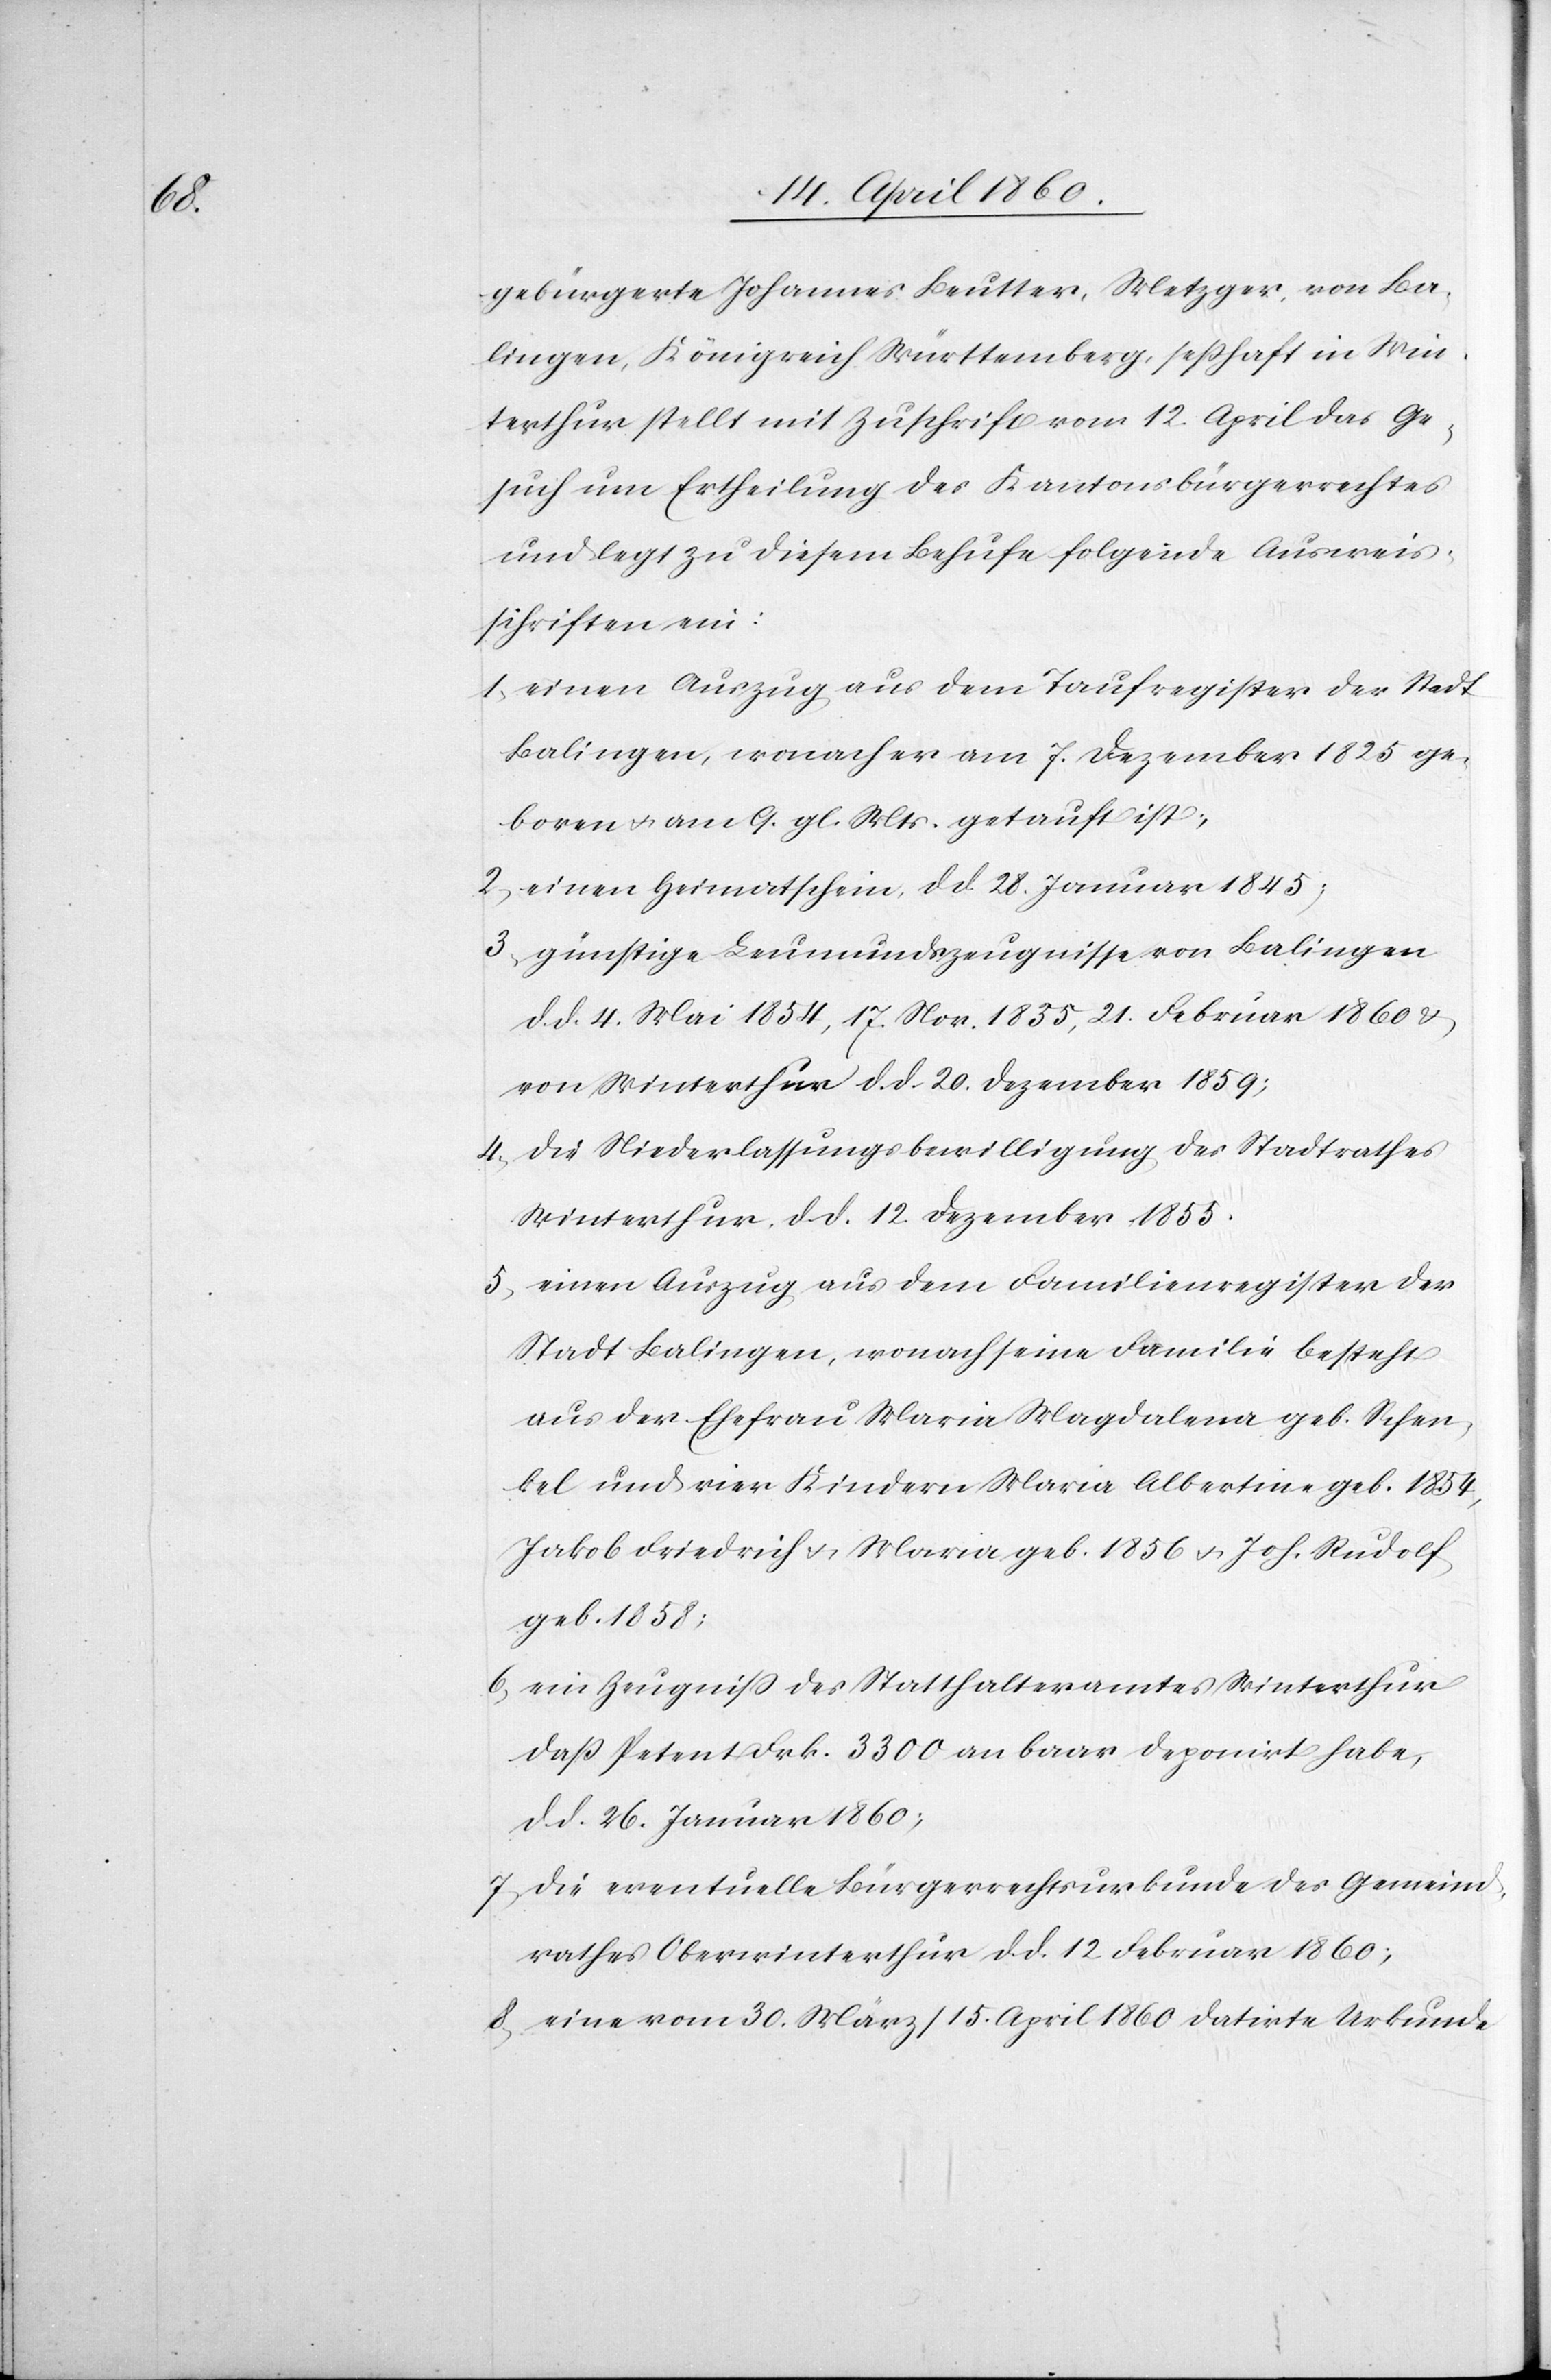
gebürgerte Johannes Beutter, Metzger, von Ba¬
lingen, Königreich Württemberg, sesshaft in Win¬
terthur stellt mit Zuschrift vom 12. April das Ge¬
such um Ertheilung des Kantonsbürgerrechtes
und legt zu diesem Behufe folgende Ausweis¬
schriften ein:
1. einen Auszug aus dem Taufregister der Stadt
Balingen, wonach er am 7. Dezember 1825 ge¬
boren u. am 9. gl. Mts. getauft ist;
2. einen Heimatschein, d. d. 28. Januar 1845;
3. günstige Leumundszeugnisse von Balingen
d. d. 4. Mai 1854, 17. Nov. 1835, 21. Februar 1860 u.
von Winterthur d. d. 20. Dezember 1859;
4. die Niederlassungsbewilligung des Stadtrathes
Winterthur d. d. 12. Dezember 1855.
5. einen Auszug aus dem Familienregister der
Stadt Balingen, wonach seine Familie besteht
aus der Ehefrau Maria Magdalena geb. Schen¬
kel und vier Kindern Maria Albertine geb. 1854,
Jakob Friedrich u. Maria geb. 1856 u. Joh. Rudolf
geb. 1858;
6. ein Zeugniss des Statthalteramtes Winterthur
dass Petent Frk. 3300 an baar deponirt habe,
d. d. 26. Januar 1860;
7. die eventuelle Bürgerrechtsurkunde des Gemeind¬
rathes Oberwinterthur d. d. 12. Februar 1860;
8. eine vom 30. März/15. April 1860 datirte Urkunde